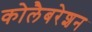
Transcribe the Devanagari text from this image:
कोलैबरेशन